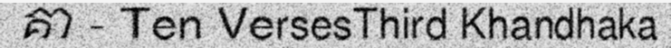
គា - Ten VersesThird Khandhaka